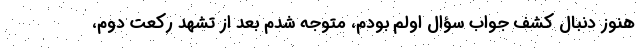
هنوز دنبال کشف جواب سؤال اولم بودم، متوجه شدم بعد از تشهد رکعت دوم،